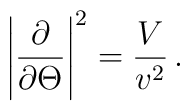
\left| \frac{\partial}{\partial\Theta}\right|^2 = \frac{V}{v^2}\, .